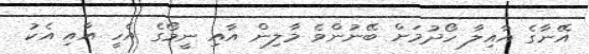
އޭނާގެ އާއިލާ ހޯދުމަށް ބޭނުންވެ މާލިން އާއި ނީމޯގެ އެހީ އާއި އެކު